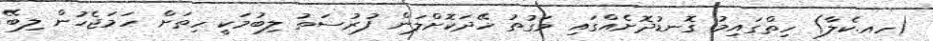
(ހއ.ކެލާ) ހިތްގައިމު ގޮނޑުދޮށެއްގައި ވަގުތު ހޭދަކޮށްލަން ފުރުސަތު ލިބުމަކީ ހިތަށް ހަމަޖެހުން ލިބޭ